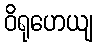
ဝိရုဟေယျ